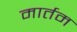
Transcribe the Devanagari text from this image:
मार्तम